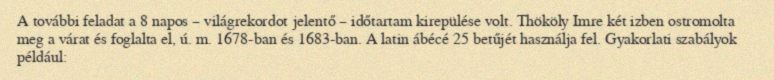
A további feladat a 8 napos – világrekordot jelentő – időtartam kirepülése volt. Thököly Imre két izben ostromolta meg a várat és foglalta el, ú. m. 1678-ban és 1683-ban. A latin ábécé 25 betűjét használja fel. Gyakorlati szabályok például: